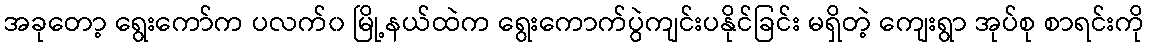
အခုတော့ ရွေးကော်က ပလက်၀ မြို့နယ်ထဲက ရွေးကောက်ပွဲကျင်းပနိုင်ခြင်း မရှိတဲ့ ကျေးရွာ အုပ်စု စာရင်းကို